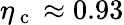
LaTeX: \eta_{\mathrm{~c~}}\approx 0.93